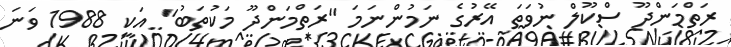
ރަތްމަންދޫ ސްކޫލް ނުވަތަ އޭރުގެ ނަމުންނަމަ "ރަތްމަންދޫ މަކުތަބު" އަކީ 1988 ވަނަ